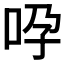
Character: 𠱆